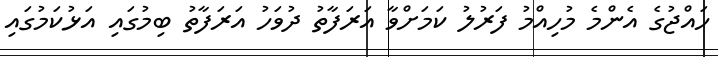
ހައްޖުގެ އެންމެ މުހިއްމު ފަރުލު ކަމަށްވާ އަރަފާތު ދުވަހު އަރަފާތު ބިމުގައި އަޅުކަމުގައި